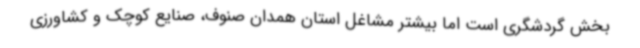
بخش گردشگری است اما بیشتر مشاغل استان همدان صنوف، صنایع کوچک و کشاورزی